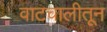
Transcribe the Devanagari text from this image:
वाटचालीतून